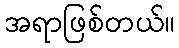
အရာဖြစ်တယ်။